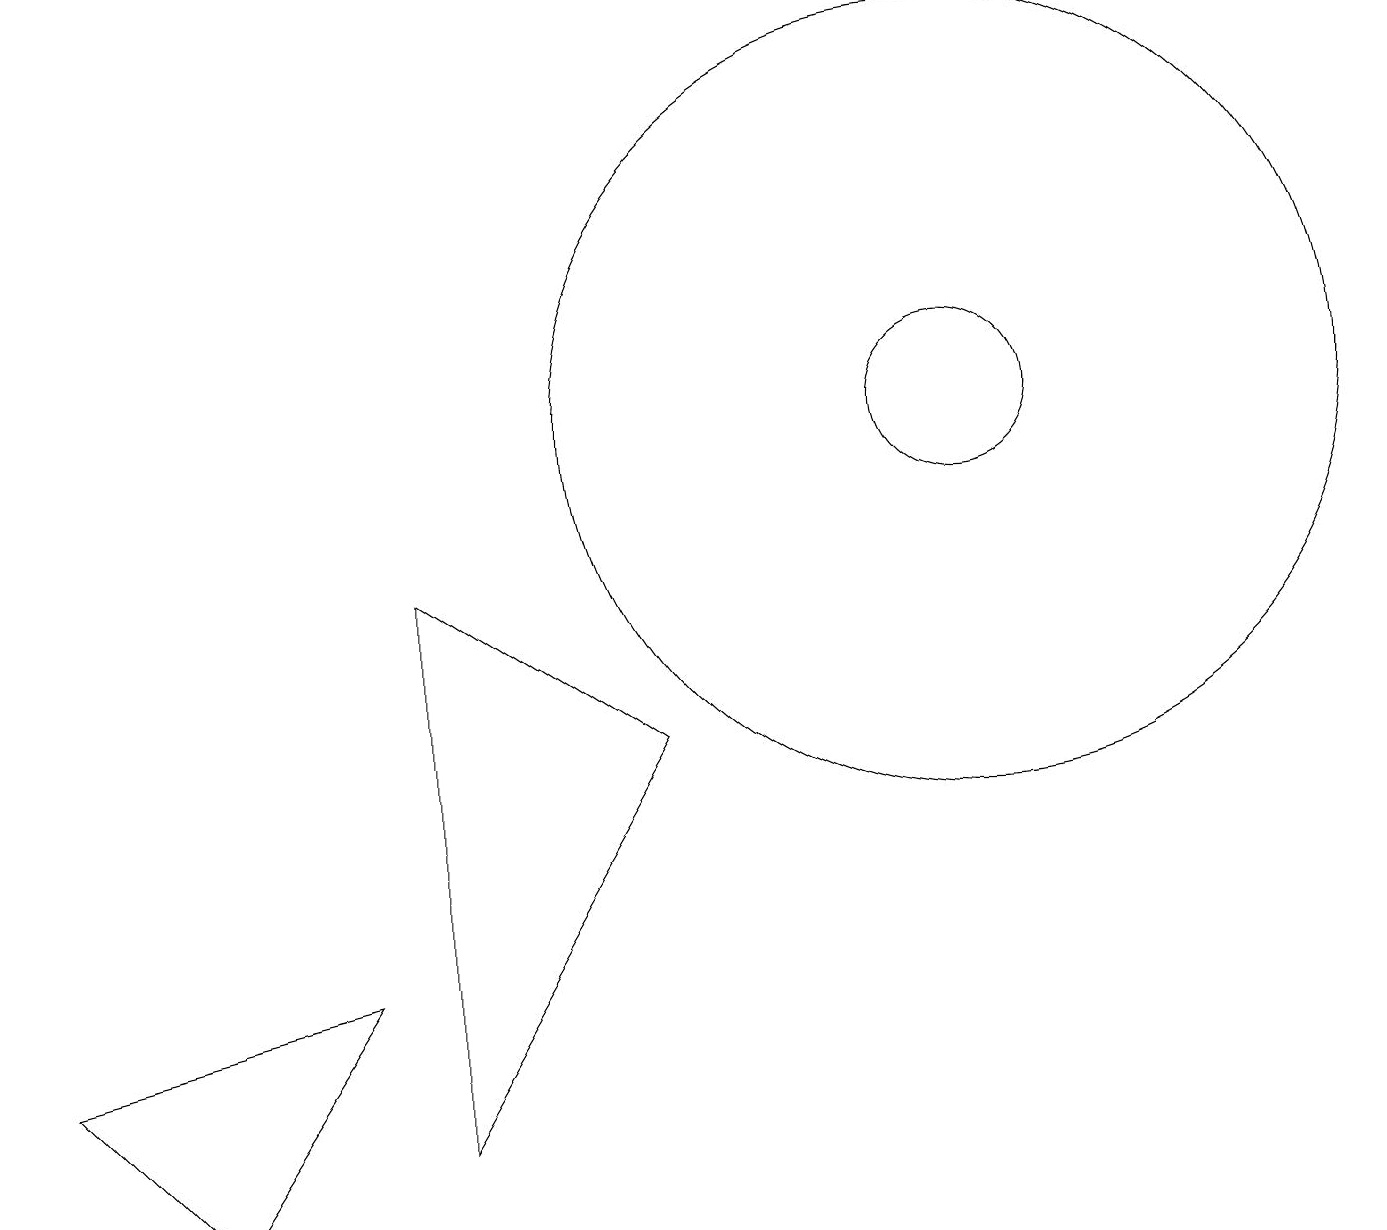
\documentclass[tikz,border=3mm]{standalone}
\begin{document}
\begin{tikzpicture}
\draw (2,1) -- (4,4) -- (0,3) -- cycle;
\draw (5,9) -- (5,2) -- (8,7) -- cycle;
\draw (12,11) circle (5);
\draw (12,11) circle (1);
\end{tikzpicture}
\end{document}